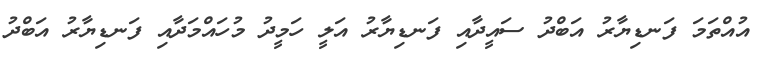
އުއްތަމަ ފަނޑިޔާރު އަބްދު ސައީދާއި ފަނޑިޔާރު އަލީ ހަމީދު މުހައްމަދާއި ފަނޑިޔާރު އަބްދު